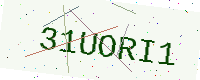
Text: 31UORI1